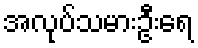
အလုပ်သမားဦးရေ